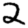
Digit: 2